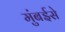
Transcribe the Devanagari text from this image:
मुंबईसे